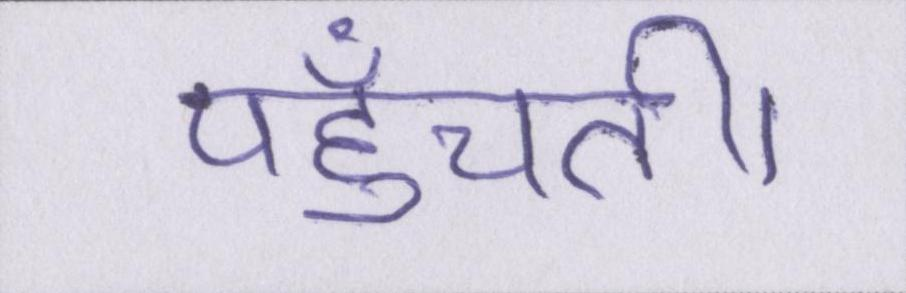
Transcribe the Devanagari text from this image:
पहुँचती।